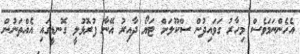
އެހެންނަމަވެސް މިހާރު ގަވައިދުން ސްކޫލަށް ޓަޔޯ ދާއިރު އޭނާ ފުރޮޅުލީ ގޮނޑީގައި އެއްތަނުން